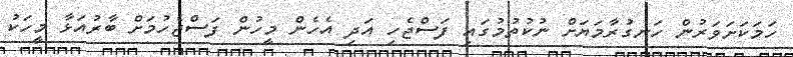
ހަމަކަށަވަރުން ހަނގުރާމަޔަށް ނުކުތުމުގައި ފަސްޖެހި އަދި އެހެން މީހުން ފަސްޖެހުމަށް ބާރުއަޅާ މީހަކު